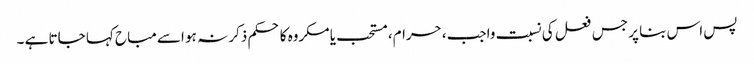
پس اس بنا پر جس فعل کی نسبت واجب، حرام، مستحب یا مکروه کا حکم ذکر نہ ہو اسے مباح کہا جاتا ہے ۔